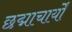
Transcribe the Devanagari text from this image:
छद्माचार्यों